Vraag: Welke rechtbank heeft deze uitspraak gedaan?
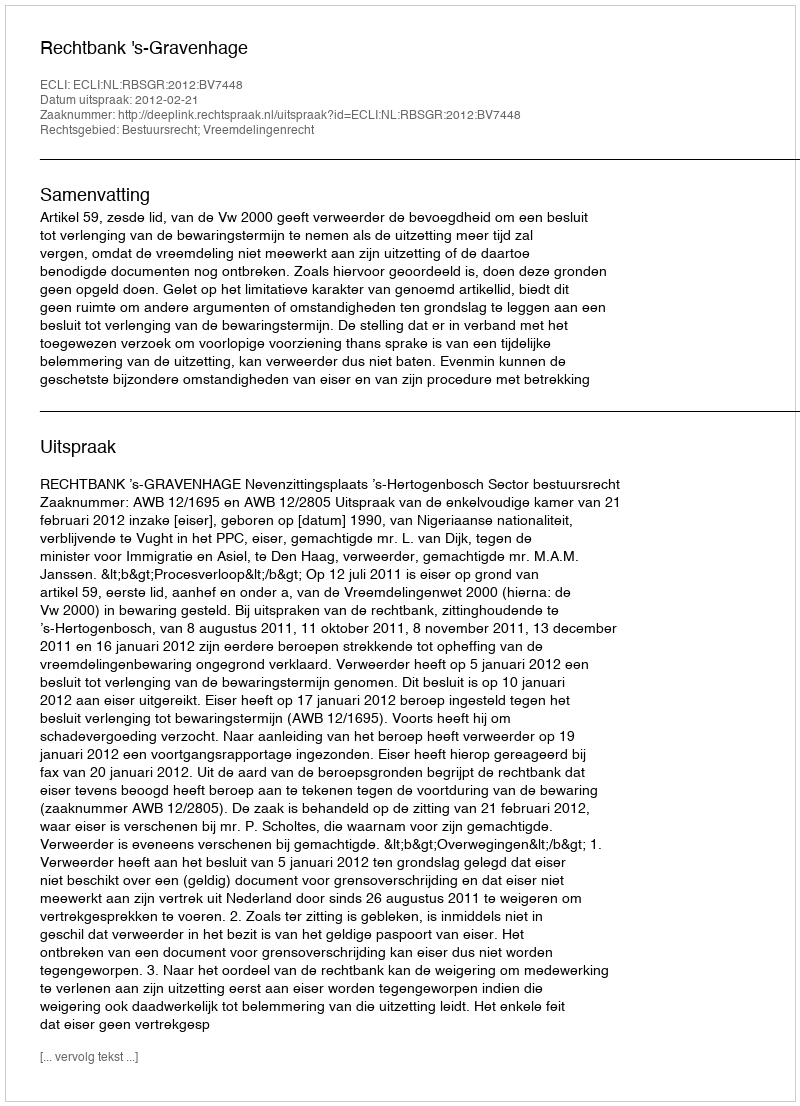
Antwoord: Rechtbank 's-Gravenhage